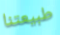
طبيعتنا